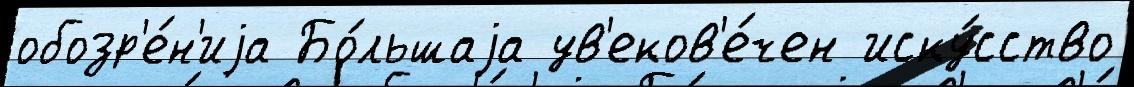
обозр'е́н'иjа Бо́льшаjа ув'еков'е́чен иску́сство